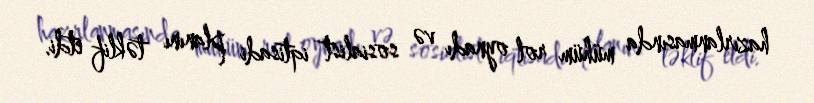
hazırlanmasında mühüm rol oynadı və sosialist iqtisadi planını təklif etdi.